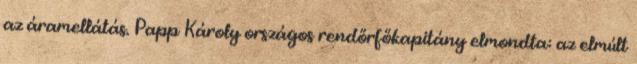
az áramellátás. Papp Károly országos rendőrfőkapitány elmondta: az elmúlt